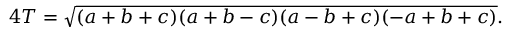
4 T = { \sqrt { ( a + b + c ) ( a + b - c ) ( a - b + c ) ( - a + b + c ) } } .